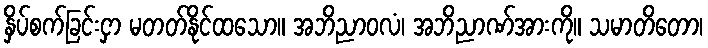
နှိပ်စက်ခြင်းငှာ မတတ်နိုင်ထသော။ အဘိညာဝလံ၊ အဘိညာဏ်အားကို။ သမာတိတော၊